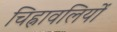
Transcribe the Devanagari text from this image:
चिह्नावलियों